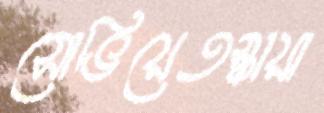
সোভিয়েতস্কায়া